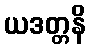
ယဒတ္တနိ